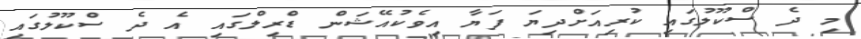
މި ދެ ސްކޫލުގައި ކުރިއަށްދިޔަ ފަޔާ އިވެކުއޭޝަން ޑްރިލްގައި އެ ދެ ސްކޫލުގައި